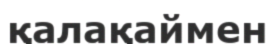
қалақаймен